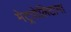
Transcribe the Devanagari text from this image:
मेट्रपोलिटाना